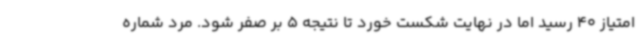
امتیاز 40 رسید اما در نهایت شکست خورد تا نتیجه 5 بر صفر شود. مرد شماره